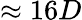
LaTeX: \approx 16D